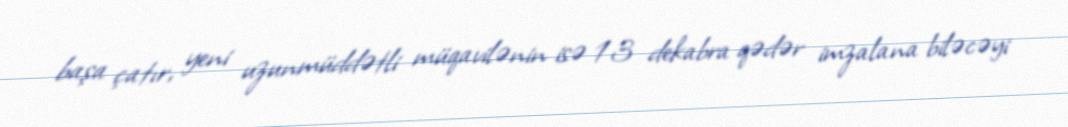
başa çatır, yeni uzunmüddətli müqavilənin isə 13 dekabra qədər imzalana biləcəyi